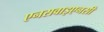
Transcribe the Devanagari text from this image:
एनसवाइएनसी